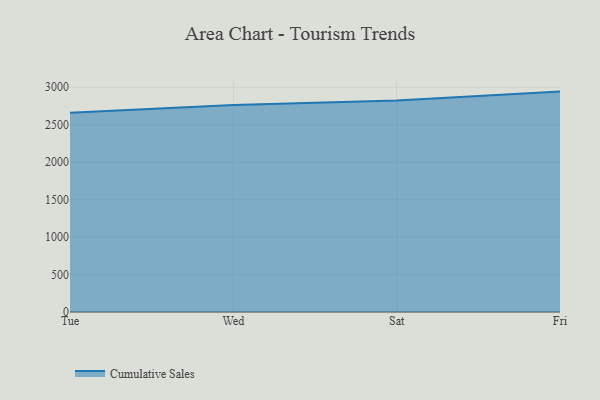
{"axis": {"x": "Day", "y": "Active Users"}, "legend": ["Cumulative Sales"], "data": [{"x": "Tue", "y": 2660.5, "type": "Cumulative Sales"}, {"x": "Wed", "y": 2764.1, "type": "Cumulative Sales"}, {"x": "Sat", "y": 2823.3, "type": "Cumulative Sales"}, {"x": "Fri", "y": 2942.5, "type": "Cumulative Sales"}]}